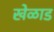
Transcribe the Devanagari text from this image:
खेळाड